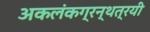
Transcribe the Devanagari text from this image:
अकलंकग्रन्थत्रयी